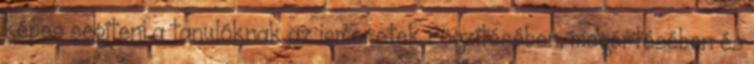
képes segíteni a tanulóknak az ismeretek rögzítésében, megértésében és